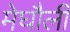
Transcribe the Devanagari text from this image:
मेघौली